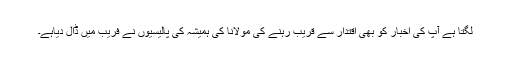
لگتا ہے آپ کی اخبار کو بھی اقتدار سے قریب رہنے کی مولانا کی ہمیشہ کی پالیسیوں نے فریب میں ڈال دیاہے۔